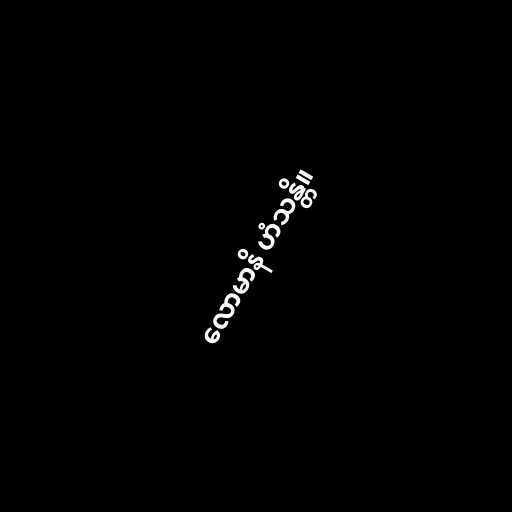
လောမာနိ ဟံသန္တိ။